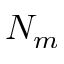
N _ { m }